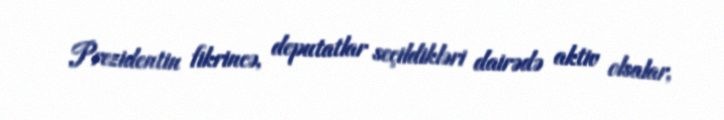
Prezidentin fikrincə, deputatlar seçildikləri dairədə aktiv olsalar,